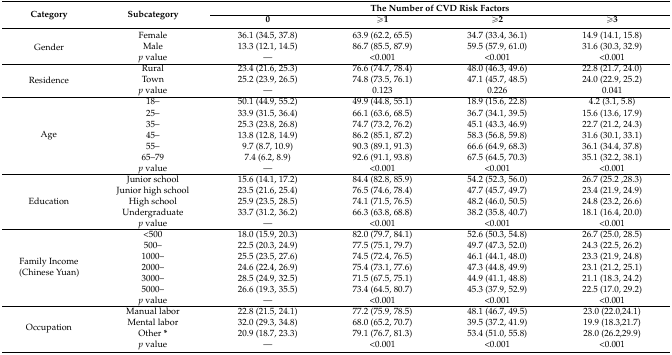
<table><thead><tr><td rowspan="2"><b>Category</b></td><td rowspan="2"><b>Subcategory</b></td><td colspan="4"><b>The Number of CVD Risk Factors</b></td></tr><tr><td><b>0</b></td><td><b>≥1</b></td><td><b>≥2</b></td><td><b>≥3</b></td></tr></thead><tbody><tr><td rowspan="3">Gender</td><td>Female</td><td>36.1 (34.5, 37.8)</td><td>63.9 (62.2, 65.5)</td><td>34.7 (33.4, 36.1)</td><td>14.9 (14.1, 15.8)</td></tr><tr><td>Male</td><td>13.3 (12.1, 14.5)</td><td>86.7 (85.5, 87.9)</td><td>59.5 (57.9, 61.0)</td><td>31.6 (30.3, 32.9)</td></tr><tr><td><i>p</i> value</td><td>—</td><td>&lt;0.001</td><td>&lt;0.001</td><td>&lt;0.001</td></tr><tr><td rowspan="3">Residence</td><td>Rural</td><td>23.4 (21.6, 25.3)</td><td>76.6 (74.7, 78.4)</td><td>48.0 (46.3, 49.6)</td><td>22.8 (21.7, 24.0)</td></tr><tr><td>Town</td><td>25.2 (23.9, 26.5)</td><td>74.8 (73.5, 76.1)</td><td>47.1 (45.7, 48.5)</td><td>24.0 (22.9, 25.2)</td></tr><tr><td><i>p</i> value</td><td>— </td><td>0.123</td><td>0.226</td><td>0.041</td></tr><tr><td rowspan="7">Age</td><td>18–</td><td>50.1 (44.9, 55.2)</td><td>49.9 (44.8, 55.1)</td><td>18.9 (15.6, 22.8)</td><td>4.2 (3.1, 5.8)</td></tr><tr><td>25–</td><td>33.9 (31.5, 36.4)</td><td>66.1 (63.6, 68.5)</td><td>36.7 (34.1, 39.5)</td><td>15.6 (13.6, 17.9)</td></tr><tr><td>35–</td><td>25.3 (23.8, 26.8)</td><td>74.7 (73.2, 76.2)</td><td>45.1 (43.3, 46.9)</td><td>22.7 (21.2, 24.3)</td></tr><tr><td>45–</td><td>13.8 (12.8, 14.9)</td><td>86.2 (85.1, 87.2)</td><td>58.3 (56.8, 59.8)</td><td>31.6 (30.1, 33.1)</td></tr><tr><td>55–</td><td>9.7 (8.7, 10.9)</td><td>90.3 (89.1, 91.3)</td><td>66.6 (64.9, 68.3)</td><td>36.1 (34.4, 37.8)</td></tr><tr><td>65–79</td><td>7.4 (6.2, 8.9)</td><td>92.6 (91.1, 93.8)</td><td>67.5 (64.5, 70.3)</td><td>35.1 (32.2, 38.1)</td></tr><tr><td><i>p</i> value</td><td>—</td><td>&lt;0.001</td><td>&lt;0.001</td><td>&lt;0.001</td></tr><tr><td rowspan="5">Education</td><td>Junior school</td><td>15.6 (14.1, 17.2)</td><td>84.4 (82.8, 85.9)</td><td>54.2 (52.3, 56.0)</td><td>26.7 (25.2 ,28.3)</td></tr><tr><td>Junior high school</td><td>23.5 (21.6, 25.4)</td><td>76.5 (74.6, 78.4)</td><td>47.7 (45.7, 49.7)</td><td>23.4 (21.9, 24.9)</td></tr><tr><td>High school</td><td>25.9 (23.5, 28.5)</td><td>74.1 (71.5, 76.5)</td><td>48.2 (46.0, 50.5)</td><td>24.8 (23.2, 26.6)</td></tr><tr><td>Undergraduate</td><td>33.7 (31.2, 36.2)</td><td>66.3 (63.8, 68.8)</td><td>38.2 (35.8, 40.7)</td><td>18.1 (16.4, 20.0)</td></tr><tr><td><i>p</i> value</td><td>—</td><td>&lt;0.001</td><td>&lt;0.001</td><td>&lt;0.001</td></tr><tr><td rowspan="7">Family Income (Chinese Yuan)</td><td>&lt;500</td><td>18.0 (15.9, 20.3)</td><td>82.0 (79.7, 84.1)</td><td>52.6 (50.3, 54.8)</td><td>26.7 (25.0, 28.5)</td></tr><tr><td>500–</td><td>22.5 (20.3, 24.9)</td><td>77.5 (75.1, 79.7)</td><td>49.7 (47.3, 52.0)</td><td>24.3 (22.5, 26.2)</td></tr><tr><td>1000–</td><td>25.5 (23.5, 27.6)</td><td>74.5 (72.4, 76.5)</td><td>46.1 (44.1, 48.0)</td><td>23.3 (21.9, 24.8)</td></tr><tr><td>2000–</td><td>24.6 (22.4, 26.9)</td><td>75.4 (73.1, 77.6)</td><td>47.3 (44.8, 49.9)</td><td>23.1 (21.2, 25.1)</td></tr><tr><td>3000–</td><td>28.5 (24.9, 32.5)</td><td>71.5 (67.5, 75.1)</td><td>44.9 (41.1, 48.8)</td><td>21.1 (18.3, 24.2)</td></tr><tr><td>5000–</td><td>26.6 (19.3, 35.5)</td><td>73.4 (64.5, 80.7)</td><td>45.3 (37.9, 52.9)</td><td>22.5 (17.0, 29.2)</td></tr><tr><td><i>p</i> value</td><td>—</td><td>&lt;0.001</td><td>&lt;0.001</td><td>&lt;0.001</td></tr><tr><td rowspan="4">Occupation</td><td>Manual labor</td><td>22.8 (21.5, 24.1)</td><td>77.2 (75.9, 78.5)</td><td>48.1 (46.7, 49.5)</td><td>23.0 (22.0,24.1)</td></tr><tr><td>Mental labor</td><td>32.0 (29.3, 34.8)</td><td>68.0 (65.2, 70.7)</td><td>39.5 (37.2, 41.9)</td><td>19.9 (18.3,21.7)</td></tr><tr><td>Other <b>*</b></td><td>20.9 (18.7, 23.3)</td><td>79.1 (76.7, 81.3)</td><td>53.4 (51.0, 55.8)</td><td>28.0 (26.2,29.9)</td></tr><tr><td><i>p</i> value</td><td>—</td><td>&lt;0.001</td><td>&lt;0.001</td><td>&lt;0.001</td></tr></tbody></table>